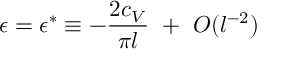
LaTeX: \epsilon = \epsilon ^ { * } \equiv - { \frac { 2 c _ { V } } { \pi l } } ~ + ~ { \cal O } ( l ^ { - 2 } )